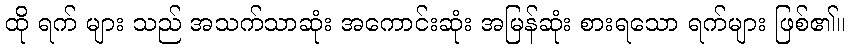
ထို ရက် များ သည် အသက်သာဆုံး အကောင်းဆုံး အမြန်ဆုံး စားရသော ရက်များ ဖြစ်၏။